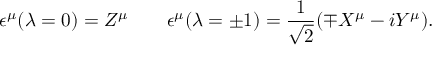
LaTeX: \epsilon ^ { \mu } ( \lambda = 0 ) = Z ^ { \mu } \qquad \epsilon ^ { \mu } ( \lambda = \pm 1 ) = \frac { 1 } { \sqrt { 2 } } ( \mp X ^ { \mu } - i Y ^ { \mu } ) .